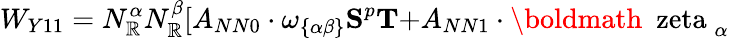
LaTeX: W_{Y11}=N_{\mathbb{R}}^{\alpha}N_{\mathbb{R}}^{\beta}[A_{NN0}\cdot\omega_{\{ \alpha\beta\} }{\mathbf{S}}^{p}{\mathbf{T}+}A_{NN1}\cdot\mathrm{{\boldmath~\ zeta~}}_{\alpha}